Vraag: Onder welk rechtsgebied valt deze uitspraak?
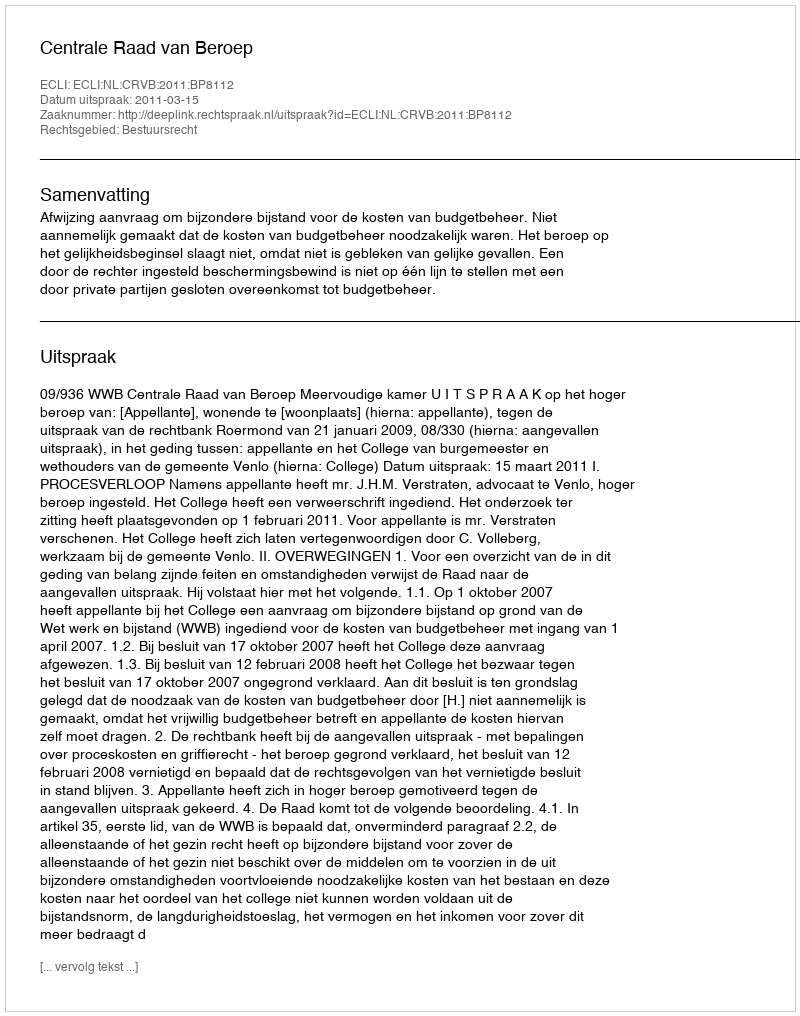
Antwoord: Bestuursrecht